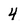
Character: 4